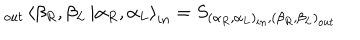
LaTeX: \displaystyle _ { o u t } \left\langle \beta _ { R } , \beta _ { L } \right. \left| \alpha _ { R } , \alpha _ { L } \right\rangle _ { i n } = S _ { ( \alpha _ { R } , \alpha _ { L } ) _ { i n } , ( \beta _ { R } , \beta _ { L } ) _ { o u t } }